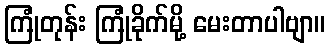
ကြုံတုန်း ကြုံခိုက်မို့ မေးတာပါဗျာ။